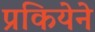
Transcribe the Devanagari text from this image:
प्रकियेने